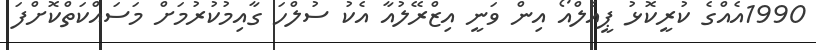
1990އެއްގެ ކުރީކޮޅު ޕީއެލްއޯ އިން ވަނީ އިޒްރޭލުއާ އެކު ސުލްހަ ގާއިމުކުރުމަށް މަސައްކަތްކޮށްފަ